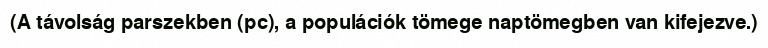
(A távolság parszekben (pc), a populációk tömege naptömegben van kifejezve.)